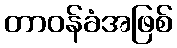
တာဝန်ခံအဖြစ်